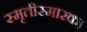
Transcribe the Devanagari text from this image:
स्मृतीस्मारक।